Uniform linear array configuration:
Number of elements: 48
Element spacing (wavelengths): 0.25
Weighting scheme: binomial
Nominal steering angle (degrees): -30
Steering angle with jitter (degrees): -32.0
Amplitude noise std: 0.05
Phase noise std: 0.05

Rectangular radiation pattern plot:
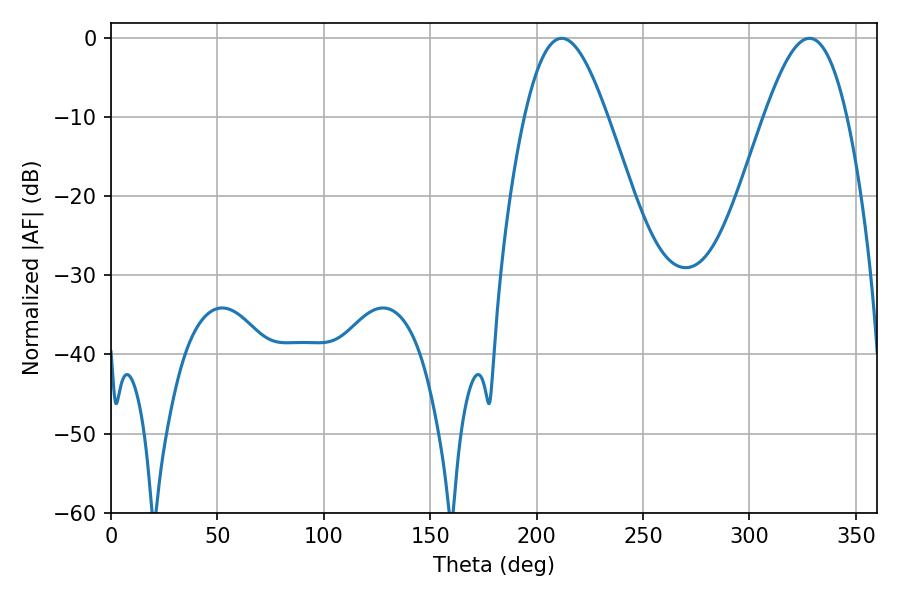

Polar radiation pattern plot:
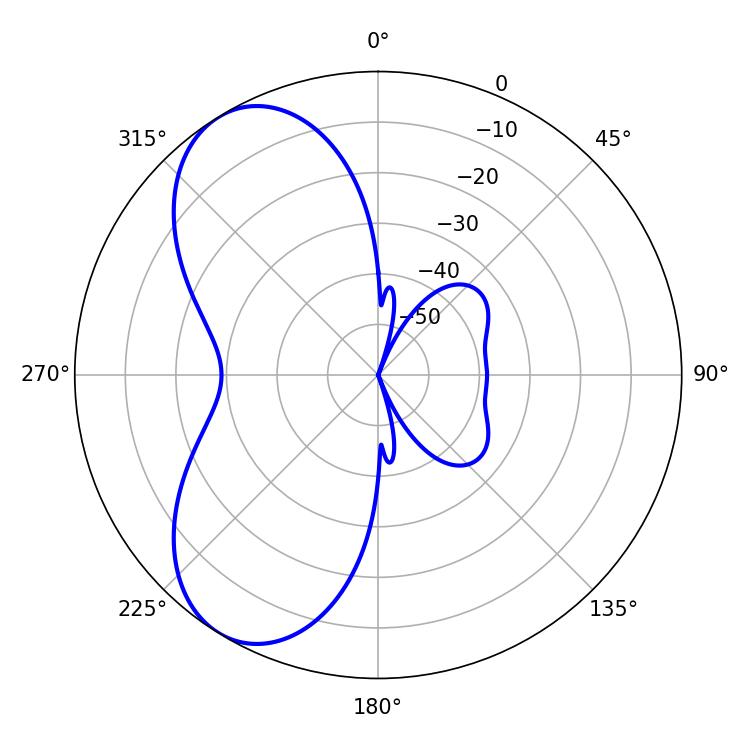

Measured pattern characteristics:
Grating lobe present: FALSE
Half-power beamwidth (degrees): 20.88
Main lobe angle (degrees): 211.86